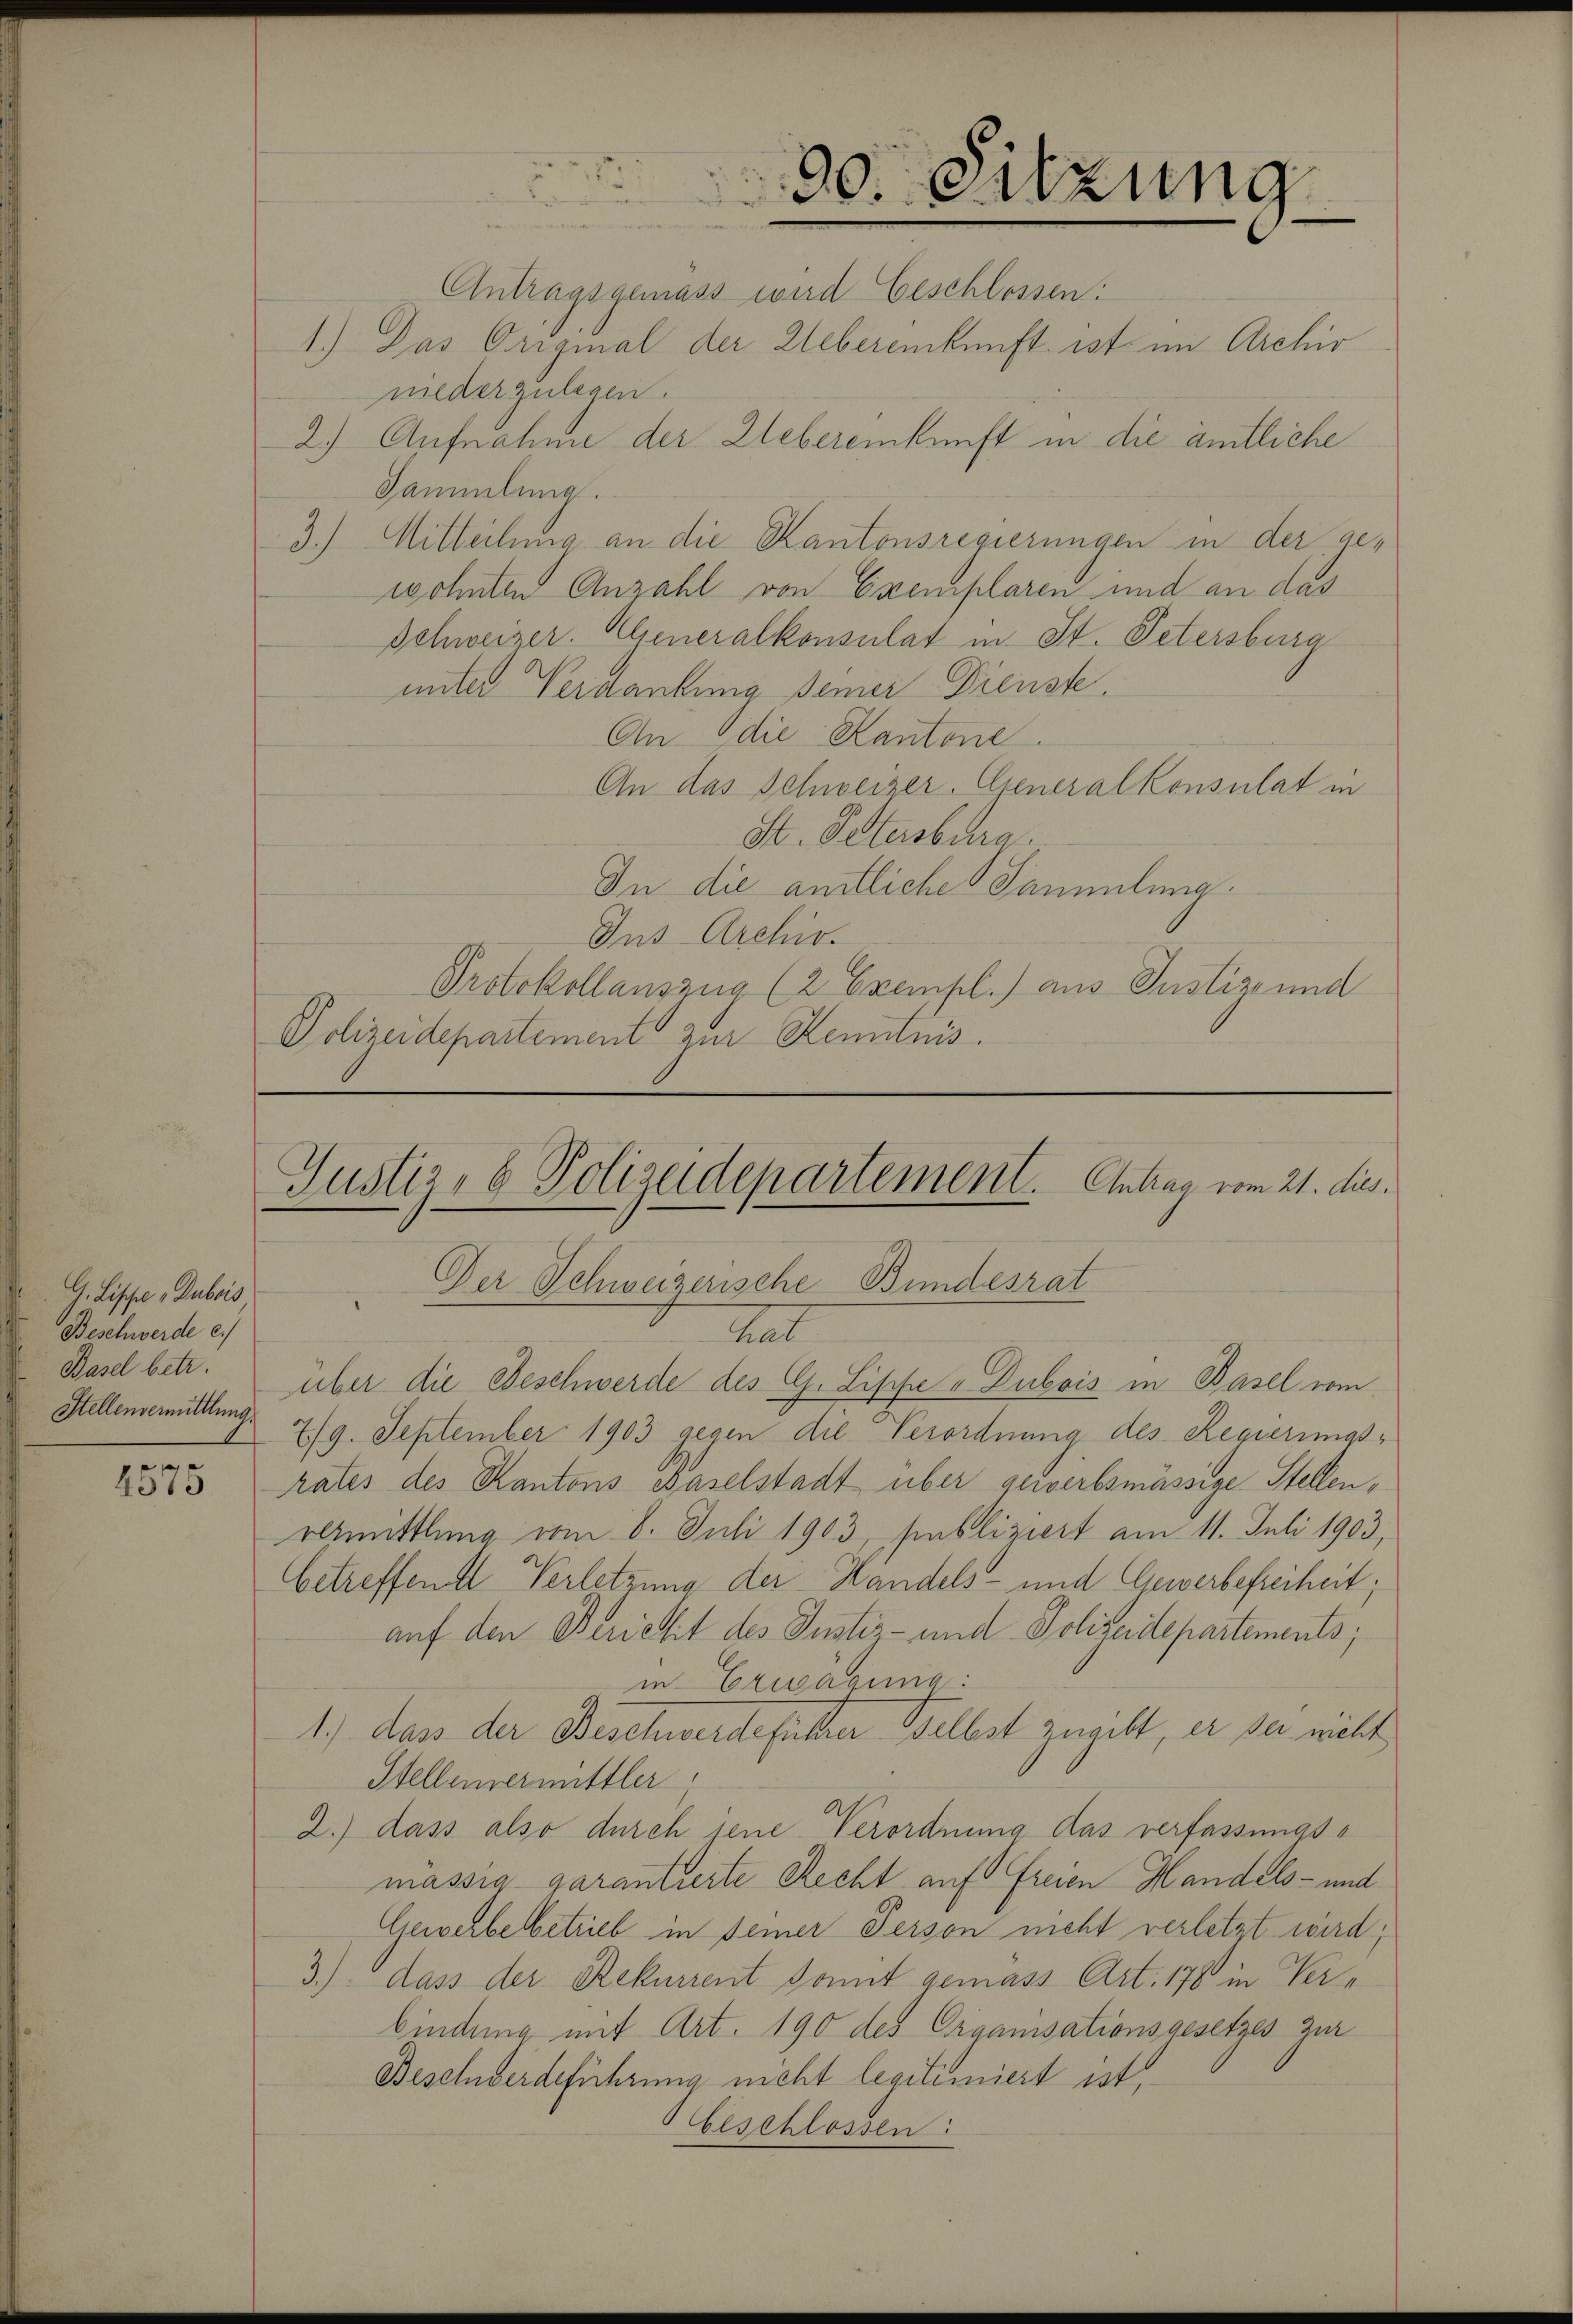
G. Lische „Dubois
Beschwerde e
Basel betr.
Stellenvermittlung

4575

Justiz- & Polizeidepartement. Antrag vom 21. dies
Der Schweizerische Bundesrat
Rat
über die Beschwerde des G. Lippe "Dubois in Basel vom

Antragsgemäss wird Geschlossen:
1.) Das Original der Webereinkunft ist im Archiv
niederzulegen.
2.) Aufnahme der Lebereinkunft in die amtliche
Sammlung.
3.) Mitteilung an die Kantonsregierungen in der gewohnten Anzahl von Exemplaren und an das
Schweizer. Alseneralkonsulat in St. Petersburg
unter Verdankung seiner Dienste.
An die Kantone.
An das Schweizer. Elseneralkonsulat in
H. Petersburg
In die amtliche Sammlung
Ius Archiv.
Protokollauszug (2 Exempl.) aus Justiz und
Polizeidepartement zur Kenntnis.

30. Sitzung

7/19. September 1903 gegen die Verordnung des Regierungs¬
Rates des Kantons Baselstadt über gewerbsmässige Stellenrmittlung vom 8. Juli 1903, publiziert am 11. Juli 1903,
Getreffend Verletzung der Handels- und Gewerbefreiheit;
auf den Bericht des Justiz- und Polizeidepartements;
in Erwägung:
1.) dass der Beschwerdefüller Selbst zugibt, er sei nicht
Stellenermittler
2.) dass also durch jene Verordnung das verfassungsmässig garantierte Recht auf Freien Handels- und
Gewerbebetrieb in seiner Person nicht verletzt wird;
3.) dass der Rekurrent Sonnt gemass Art. 178 in Verbindung mit Art. 190 des Organisationsgesetzes zur
Beschwerdeführung nicht legitimiert ist,
beschlossen: